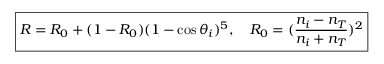
\boxed { R = R _ { 0 } + ( 1 - R _ { 0 } ) ( 1 - \cos { \theta _ { i } } ) ^ { 5 } , \quad R _ { 0 } = ( \frac { n _ { i } - n _ { T } } { n _ { i } + n _ { T } } ) ^ { 2 } }